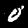
Label: 0